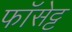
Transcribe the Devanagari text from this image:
फॉसेट्ट